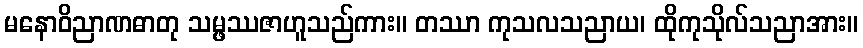
မနောဝိညာဏဓာတု သမ္ဖဿဇာဟူသည်ကား။ တဿာ ကုသလသညာယ၊ ထိုကုသိုလ်သညာအား။